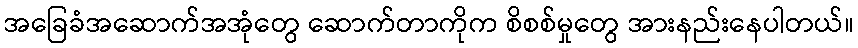
အခြေခံအဆောက်အအုံတွေ ဆောက်တာကိုက စိစစ်မှုတွေ အားနည်းနေပါတယ်။